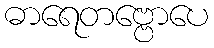
ဓာရေတဗ္ဗောပေ